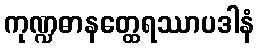
ကုဏ္ဍဓာနတ္ထေရဿာပဒါနံ